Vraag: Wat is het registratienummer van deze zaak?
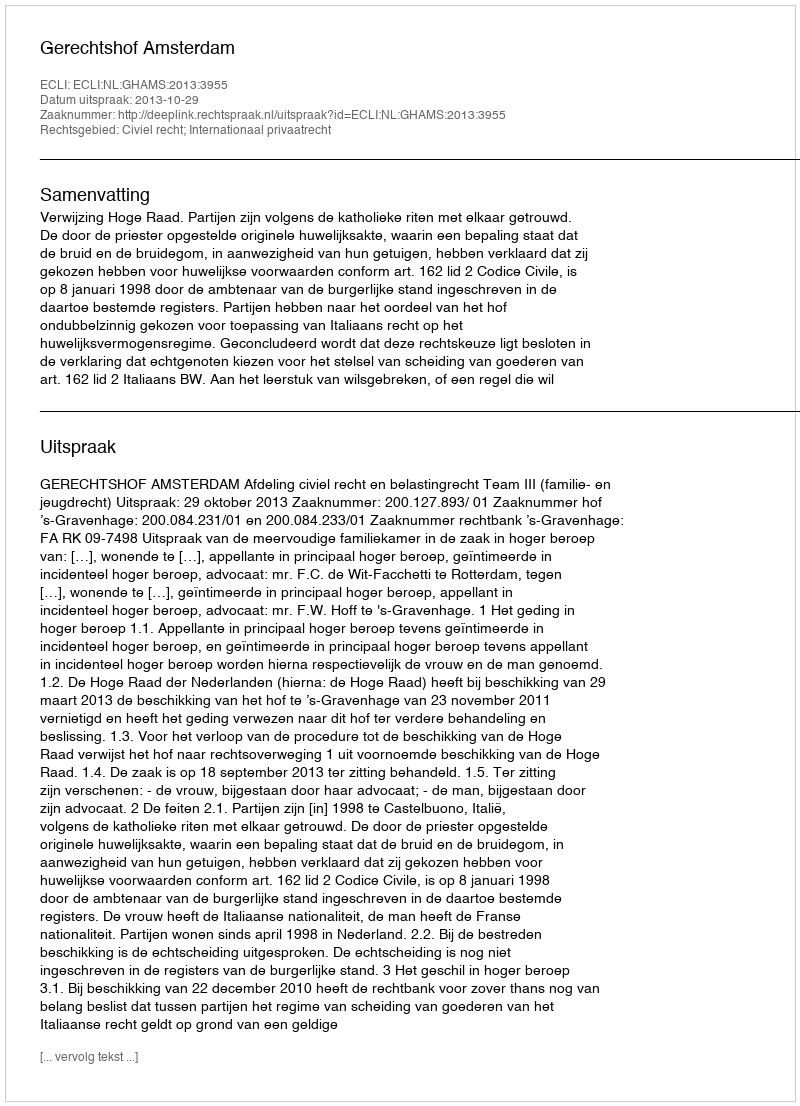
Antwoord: http://deeplink.rechtspraak.nl/uitspraak?id=ECLI:NL:GHAMS:2013:3955